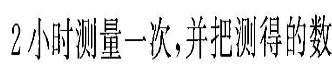
2小时测量一次，并把测得的数